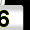
Digit: 3